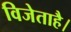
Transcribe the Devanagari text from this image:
विजेताहै।